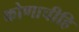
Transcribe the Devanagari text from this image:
कोणाचीहि